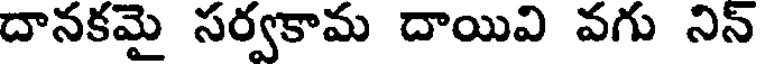
దానకమై సర్వకామ దాయివి వగు నిన్